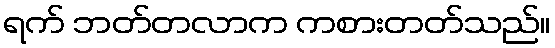
ရက် ဘတ်တလာက ကစားတတ်သည်။